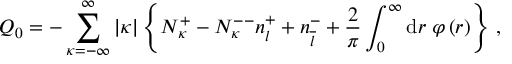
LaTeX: Q _ { 0 } = - \sum _ { \kappa = - \infty } ^ { \infty } \vert \kappa \vert \left\{ N _ { \kappa } ^ { + } - N _ { \kappa } ^ { -- } n _ { l } ^ { + } + n _ { \overline { { l } } } ^ { - } + \frac { 2 } { \pi } \int _ { 0 } ^ { \infty } \mathrm { d } r \; \varphi \left( r \right) \right\} \, ,